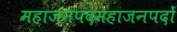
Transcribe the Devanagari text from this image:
महाजनपदमहाजनपदों